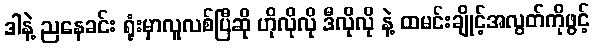
ဒါနဲ့ ညနေခင်း ရုံးမှာလူလစ်ပြီဆို ဟိုလိုလို ဒီလိုလို နဲ့ ထမင်းချိုင့်အလွတ်ကိုဖွင့်